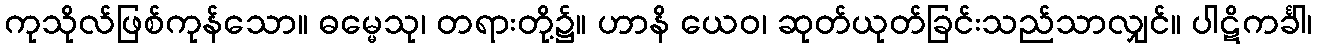
ကုသိုလ်ဖြစ်ကုန်သော။ ဓမ္မေသု၊ တရားတို့၌။ ဟာနိ ယေဝ၊ ဆုတ်ယုတ်ခြင်းသည်သာလျှင်။ ပါဋိကင်္ခါ၊